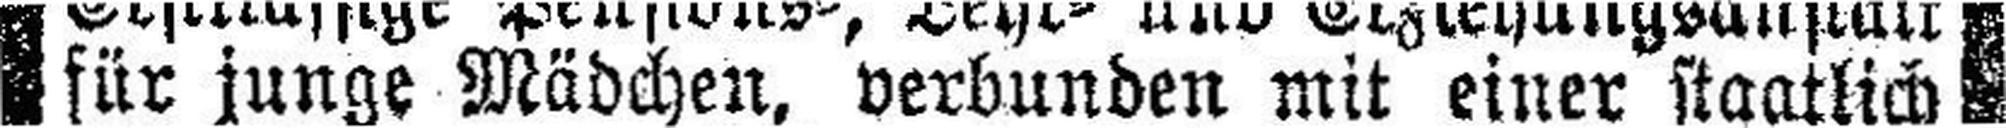
für junge Mädchen, verbunden mit einer staatlich